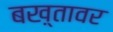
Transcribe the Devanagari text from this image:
बख़्तावर